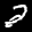
Label: 2